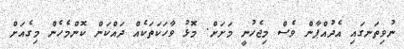
ނުވިތަނގައި އެދުއްޕާން ވެސް މިޖެހުނީ މަށަށް. މޮޅު ވާހަކަތަކެއް ދައްކަން ކޮންމެހެން މިގެއަށް